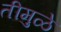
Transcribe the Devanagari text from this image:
तीमुळे